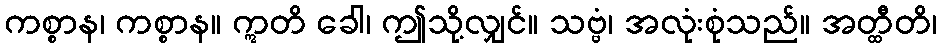
ကစ္စာန၊ ကစ္စာန။ ဣတိ ခေါ၊ ဤသို့လျှင်။ သဗ္ဗံ၊ အလုံးစုံသည်။ အတ္ထီတိ၊